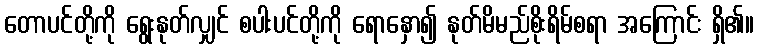
တောပင်တို့ကို ရွေးနုတ်လျှင် စပါးပင်တို့ကို ရောနှော၍ နုတ်မိမည်စိုးရိမ်စရာ အကြောင်း ရှိ၏။